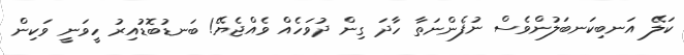
ކަލޭ އަނބިކަނބަލުންވެސް ނުފެންނަތާ ހާދަ ގިން ދުވަހެއް ވެއްޖެޔޭ! ބަނޑުބޮޑުއިރު ހީވަނީ ވަކިން